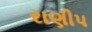
રાણીપ